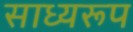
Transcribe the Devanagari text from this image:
साध्यरूप